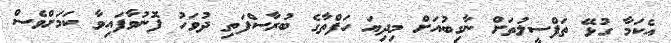
އެކަމާ ގުޅޭ ތަފްސީލުތަށް ނާގިބުއަށް މިދިޔަ ހަފްތާގެ ބުރާސްފަތި ދުވަހު ފޮނުވާފައިވާ ކަމަށްވެސް